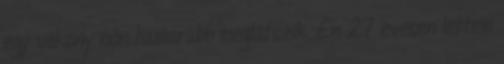
egy vékony nőn hamarabb meglátszik. Én 27 évesen lettem